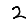
Digit: 2